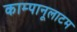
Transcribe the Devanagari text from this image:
काम्पानूलाटम